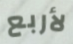
لأربع